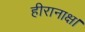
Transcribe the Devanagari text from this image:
हीरानाक्ष।